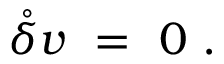
\mathring { \delta } v \ = \ 0 ~ .